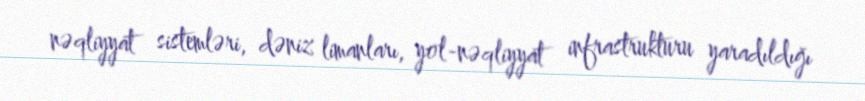
nəqliyyat sistemləri, dəniz limanları, yol-nəqliyyat infrastrukturu yaradıldığı